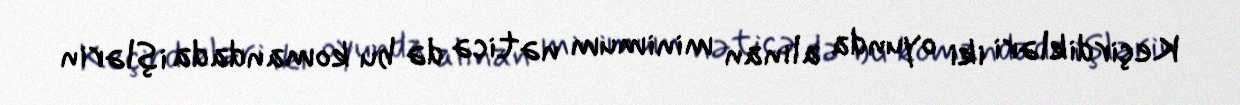
Keçirdikləri iki oyunda alınan minimum nəticə də bu komandada işlərin